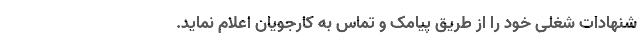
شنهادات شغلی خود را از طریق پیامک و تماس به کارجویان اعلام نماید.